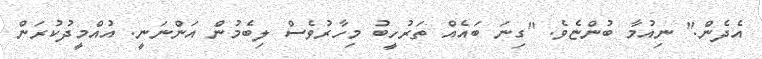
އެދެން." ނިއުމާ ބުންޏެވެ. "ގިނަ ބައެއް ތަރުހީބު މިހާރުވެސް ލިބެމުން އަންނަނީ. އުއްމީދުކުރަން